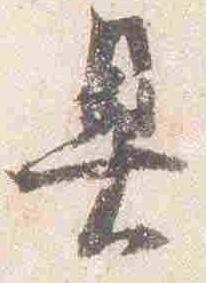
具